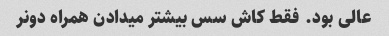
عالی بود. فقط کاش سس بیشتر میدادن همراه دونر